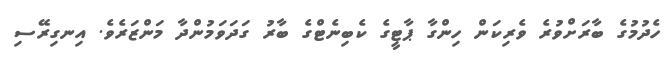
ހެދުމުގެ ބާރަށްވުރެ ވެރިކަން ހިންގާ ޕާޓީގެ ކެބިނެޓްގެ ބާރު ގަދަވަމުންދާ މަންޒަރެވެ. އިނގިރޭސި